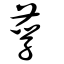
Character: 莩